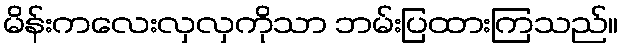
မိန်းကလေးလှလှကိုသာ ဘမ်းပြထားကြသည်။